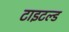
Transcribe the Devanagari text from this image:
टाइटल्ड